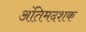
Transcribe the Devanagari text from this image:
अंतिमदशक